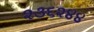
૨૩૬૨૪૪